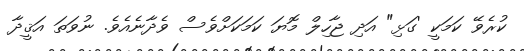
ކުރެވޭ ކަމަކީ 'ގަޅި" އަދި ޖާހިލް މޮޔަ ކަމަކަށްވެސް ވެދާނެއެވެ. ނުވަތަ އަޤީދާ